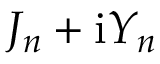
J _ { n } + \mathrm { i } Y _ { n }